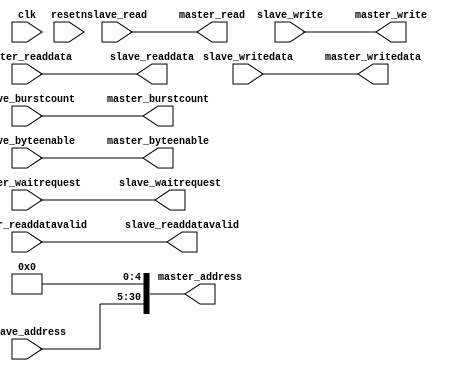
module fake_nonburstboundary #
(
    parameter WIDTH_D = 256,
    parameter S_WIDTH_A = 26,
    parameter M_WIDTH_A = S_WIDTH_A+$clog2(WIDTH_D/8),
    parameter BURSTCOUNT_WIDTH = 6,
    parameter BYTEENABLE_WIDTH = WIDTH_D,
    parameter MAX_PENDING_READS = 64
)
(
    input clk,
    input resetn,

    // Slave port
    input [S_WIDTH_A-1:0] slave_address,  // Word address
    input [WIDTH_D-1:0] slave_writedata,
    input slave_read,
    input slave_write,
    input [BURSTCOUNT_WIDTH-1:0] slave_burstcount,
    input [BYTEENABLE_WIDTH-1:0] slave_byteenable,
    output slave_waitrequest,
    output [WIDTH_D-1:0] slave_readdata,
    output slave_readdatavalid,

    output [M_WIDTH_A-1:0] master_address,  // Byte address
    output [WIDTH_D-1:0] master_writedata,
    output master_read,
    output master_write,
    output [BURSTCOUNT_WIDTH-1:0] master_burstcount,
    output [BYTEENABLE_WIDTH-1:0] master_byteenable,
    input master_waitrequest,
    input [WIDTH_D-1:0] master_readdata,
    input master_readdatavalid
);


assign master_read = slave_read;
assign master_write = slave_write;
assign master_writedata = slave_writedata;
assign master_burstcount = slave_burstcount;
assign master_address = {slave_address,{$clog2(WIDTH_D/8){1'b0}}}; //byteaddr
assign master_byteenable = slave_byteenable;
assign slave_waitrequest = master_waitrequest;
assign slave_readdatavalid = master_readdatavalid;
assign slave_readdata = master_readdata;

endmodule